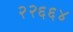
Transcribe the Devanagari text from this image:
२२६६४